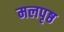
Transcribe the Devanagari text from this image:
मलपृष्ठ